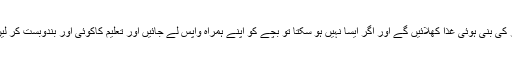
آپ وعدہ کریں کہ آئندہ بچے کو گھر کی بنی ہوئی غذا کھلائیں گے اور اگر ایسا نہیں ہو سکتا تو بچے کو اپنے ہمراہ واپس لے جائیں اور تعلیم کاکوئی اور بندوبست کر لیں والدین بات کی حقیقت سمجھ گئے۔